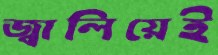
জ্বালিয়েই